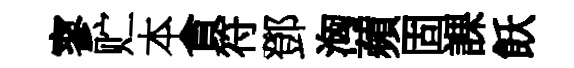
寥贮本貪符鄧洶蘋固課飫